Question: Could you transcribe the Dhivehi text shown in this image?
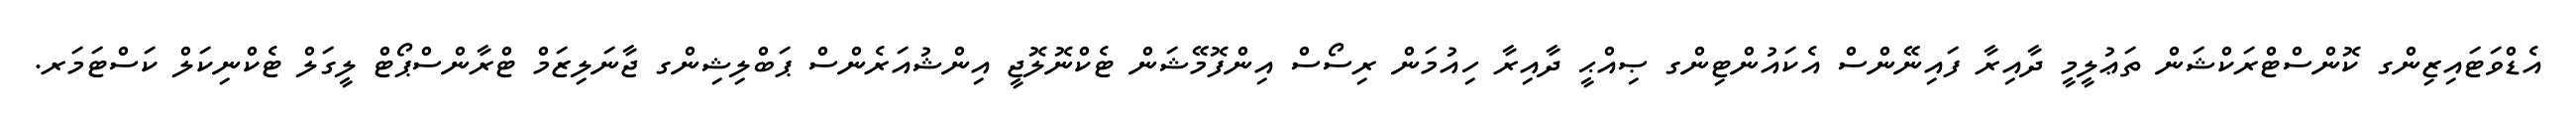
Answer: އެޑްވަޓައިޒިންގ ކޮންސްޓްރަކްޝަން ތަޢުލީމީ ދާއިރާ ފައިނޭންސް އެކައުންޓިންގ ޞިއްޙީ ދާއިރާ ހިއުމަން ރިސޯސް އިންފޮމޭޝަން ޓެކްނޮލޮޖީ އިންޝުއަރެންސް ޕަބްލިޝިންގ ޖާނަލިޒަމް ޓްރާންސްޕޯޓް ލީގަލް ޓެކްނިކަލް ކަސްޓަމަރ.